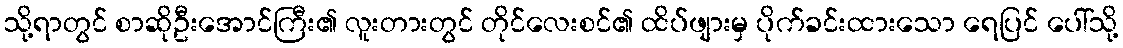
သို့ရာတွင် စာဆိုဦးအောင်ကြီး၏ လူးတားတွင် တိုင်လေးစင်၏ ထိပ်ဖျားမှ ပိုက်ခင်းထားသော ရေပြင် ပေါ်သို့